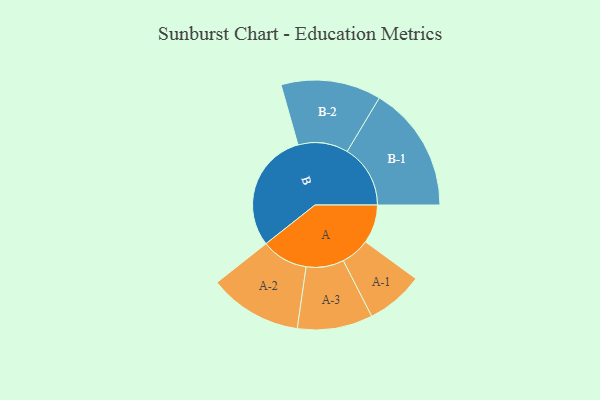
{"axis": {"x": "Segment", "y": "Value"}, "legend": ["", "A", "B"], "data": [{"x": "A", "y": 156, "type": ""}, {"x": "B", "y": 486, "type": ""}, {"x": "A-1", "y": 116, "type": "A"}, {"x": "A-2", "y": 188, "type": "A"}, {"x": "A-3", "y": 152, "type": "A"}, {"x": "B-1", "y": 255, "type": "B"}, {"x": "B-2", "y": 202, "type": "B"}]}